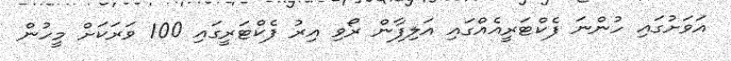
އަވަށުގައި ހުންނަ ފެކްޓަރީއެއްގައި އަލިފާން ރޯވި އިރު ފެކްޓަރީގައި 100 ވަރަކަށް މީހުން